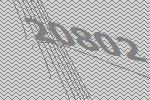
20802